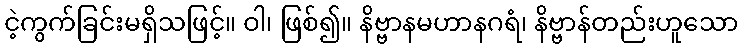
ငဲ့ကွက်ခြင်းမရှိသဖြင့်။ ဝါ၊ ဖြစ်၍။ နိဗ္ဗာနမဟာနဂရံ၊ နိဗ္ဗာန်တည်းဟူသော